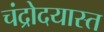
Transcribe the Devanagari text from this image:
चंद्रोदयास्त